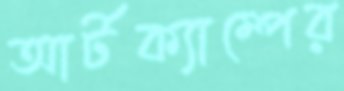
আর্টক্যাম্পের